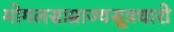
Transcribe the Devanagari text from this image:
मोगलसाम्राज्यसूत्रधारो